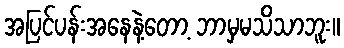
အပြင်ပန်းအနေနဲ့တော့ ဘာမှမသိသာဘူး။